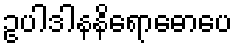
ဥပါဒါနနိရောဓောပေ